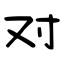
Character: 对